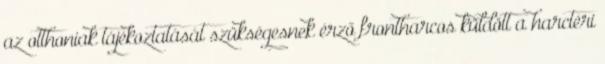
az otthoniak tájékoztatását szükségesnek érző frontharcos küldött a harctéri